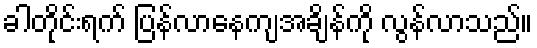
ခါတိုင်းရက် ပြန်လာနေကျအချိန်ကို လွန်လာသည်။